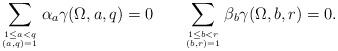
LaTeX: \begin{align*}\sum_{1\le a < q \atop (a, q)=1} \alpha_a \gamma( \Omega, a, q) = 0\phantom{m} \phantom{m}\sum_{1\le b < r \atop (b, r)=1} \beta_b \gamma( \Omega, b, r) = 0.\end{align*}